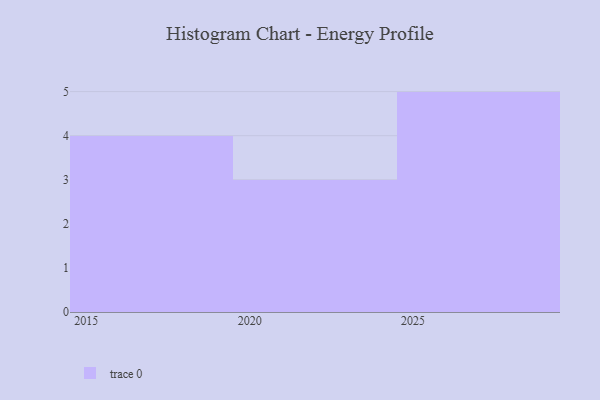
{"axis": {"x": "Year", "y": "Bounce Rate (%)"}, "legend": [""], "data": [{"x": "2026", "y": 78, "type": ""}, {"x": "2028", "y": 80, "type": ""}, {"x": "2017", "y": 34, "type": ""}, {"x": "2025", "y": 76, "type": ""}, {"x": "2024", "y": 58, "type": ""}, {"x": "2016", "y": 22, "type": ""}, {"x": "2015", "y": 10, "type": ""}, {"x": "2018", "y": 82, "type": ""}, {"x": "2022", "y": 23, "type": ""}, {"x": "2027", "y": 40, "type": ""}, {"x": "2023", "y": 65, "type": ""}, {"x": "2029", "y": 17, "type": ""}]}